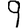
Digit: 9